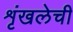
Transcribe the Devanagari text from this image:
शृंखलेची